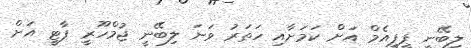
ލިބޭނީ ޕީޕީއެމް އަށް ކަމަށާއި ހަތަރު ވަނަ ލިބޭނީ ޖުމްހޫރީ ޕާޓީ އަށް